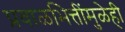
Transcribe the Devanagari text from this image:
प्रवाळभित्तींमुळेही